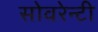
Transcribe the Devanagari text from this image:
सोवरेन्टी